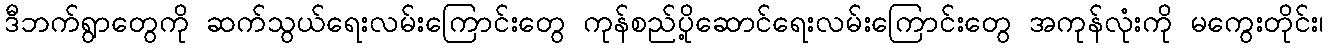
ဒီဘက်ရွာတွေကို ဆက်သွယ်ရေးလမ်းကြောင်းတွေ ကုန်စည်ပို့ဆောင်ရေးလမ်းကြောင်းတွေ အကုန်လုံးကို မကွေးတိုင်း၊